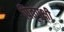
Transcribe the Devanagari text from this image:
पितृपक्षी